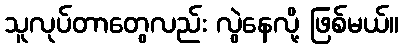
သူလုပ်တာတွေလည်း လွဲနေလို့ ဖြစ်မယ်။